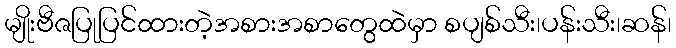
မျိုးဗီဇပြုပြင်ထားတဲ့အစားအစာတွေထဲမှာ စပျစ်သီး၊ပန်းသီး၊ဆန်၊